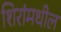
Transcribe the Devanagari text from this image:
शिरांमधील